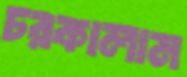
চরকালাম